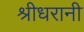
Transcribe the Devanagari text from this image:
श्रीधरानी